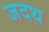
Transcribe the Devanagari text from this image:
जदथ